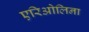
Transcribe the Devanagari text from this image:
एरिओलिना